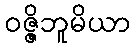
ဝဇ္ဇိဘူမိယာ